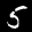
Label: 5